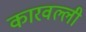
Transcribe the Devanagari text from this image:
कारवल्ली